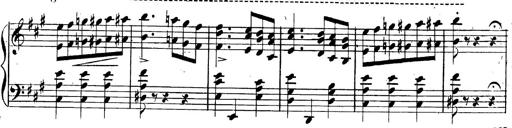
Title: 3 Caprices-Valses
Composer: Franz Liszt